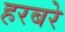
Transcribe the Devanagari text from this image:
हरबरे